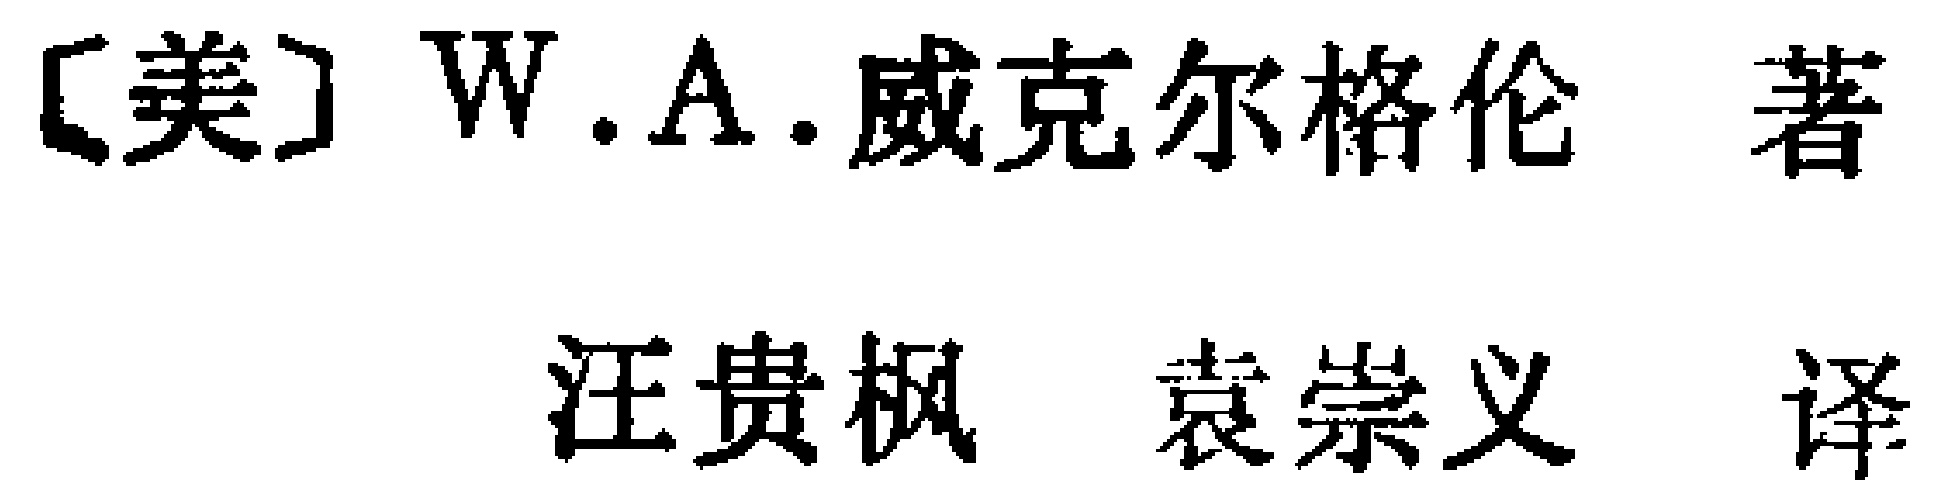
[美] W.A.威克尔格伦 著

汪贵枫 袁崇义 译